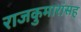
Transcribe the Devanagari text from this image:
राजकुमारांसह